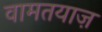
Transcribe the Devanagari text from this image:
वामतयाज़